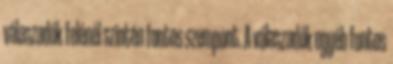
válaszadók felénél szintén fontos szempont. A válaszadók egyéb fontos